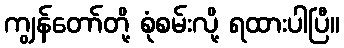
ကျွန်တော်တို့ စုံစမ်းလို့ ရထားပါပြီ။